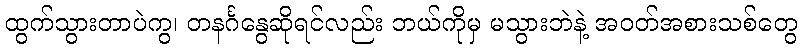
ထွက်သွားတာပဲကွ၊ တနင်္ဂနွေဆိုရင်လည်း ဘယ်ကိုမှ မသွားဘဲနဲ့ အဝတ်အစားသစ်တွေ